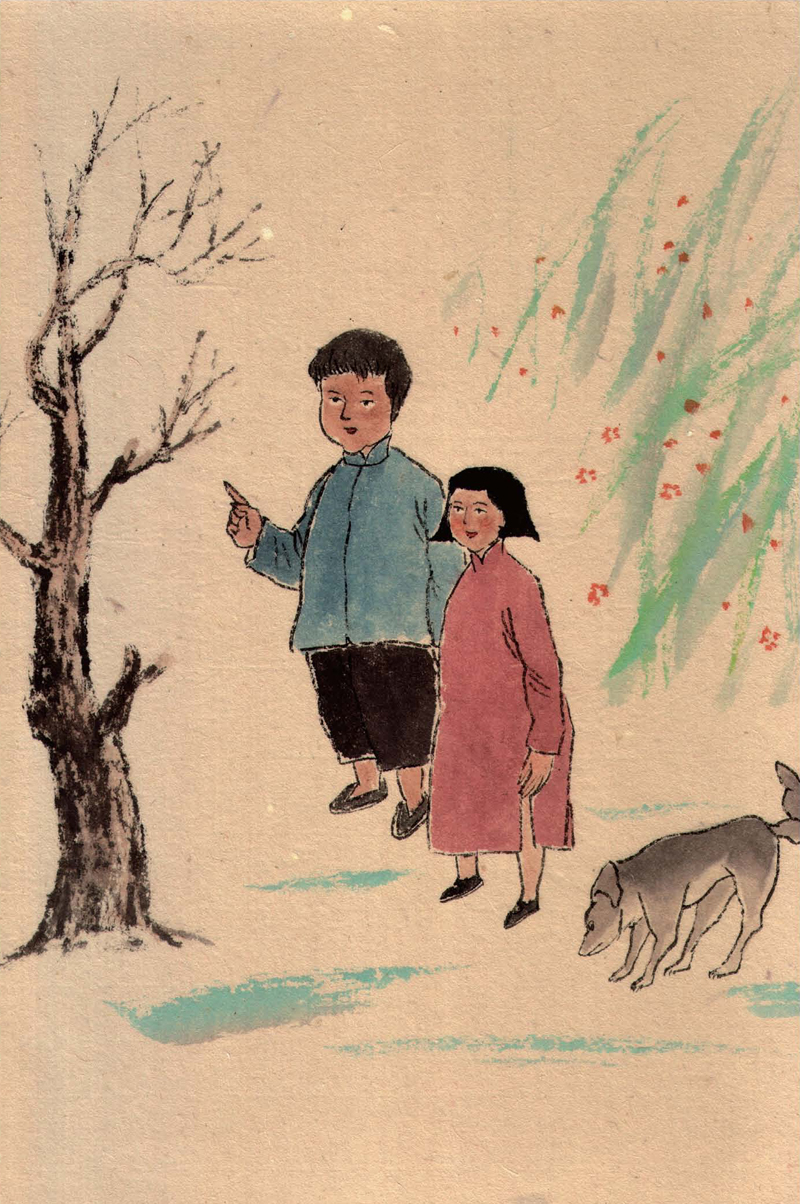
此身如传舍，何处是吾乡。